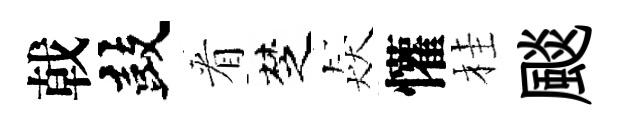
戟鼓㸔椘猋懽桂颷